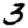
Digit: 3